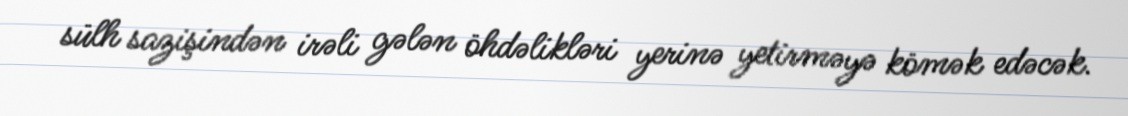
sülh sazişindən irəli gələn öhdəlikləri yerinə yetirməyə kömək edəcək.